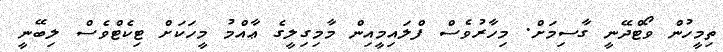
ތިމީހުން ވޯޓްދޭނީ ގާސިމަށް. މިހާރުވެސް ފްލައިމީއިން މާމިގިލީގެ ޢާއްމު މީހަކަށް ޓިކެޓްވެސް ލިބޭނީ